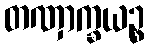
တဏှာက္ခယဉ္စ